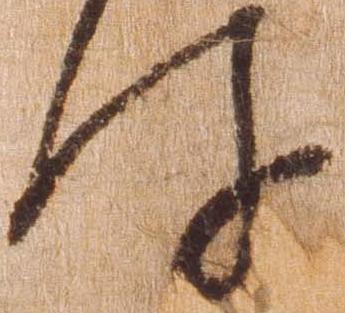
件